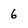
Character: 6